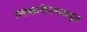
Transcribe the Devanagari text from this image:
त्लाकावेपानकडून